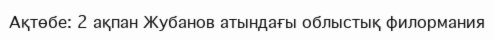
Ақтөбе: 2 ақпан Жубанов атындағы облыстық филормания